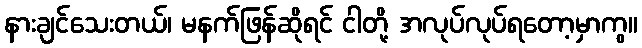
နားချင်သေးတယ်၊ မနက်ဖြန်ဆိုရင် ငါတို့ အလုပ်လုပ်ရတော့မှာကွ။